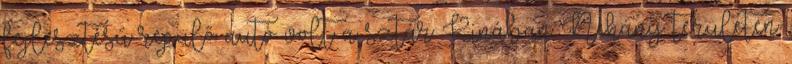
fejlesztésű repülő autó volt a sztár Kínában Néhány területen